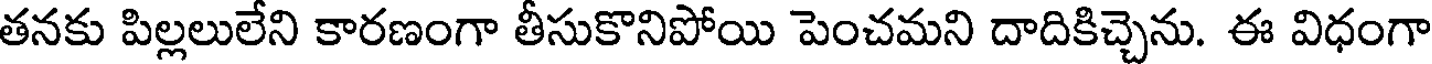
తనకు పిల్లలులేని కారణంగా తీసుకొనిపోయి పెంచమని దాదికిచ్చెను. ఈ విధంగా